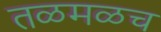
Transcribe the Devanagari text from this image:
तळमळच